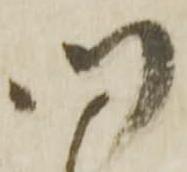
門